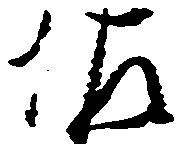
佐